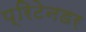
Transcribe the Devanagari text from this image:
प्रिटेनडर